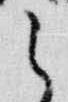
之